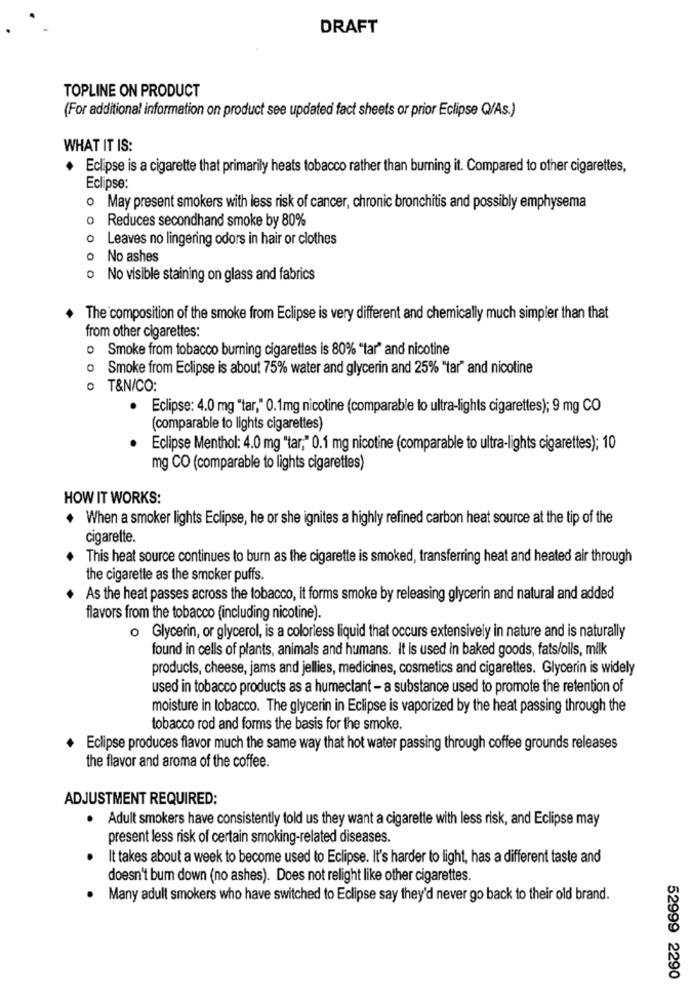
DRAFT
TOPLINE ON PRODUCT
(For additional information on product see updated fact sheets or prior Eclipse Q/As.)
WHAT IT IS:
Eclipse is a cigarette that primarily heats tobacco rather than burning it. Compared to other cigarettes,
Eclipse:
· May present smokers with less risk of cancer, chronic bronchitis and possibly emphysema
o Reduces secondhand smoke by 80%
o Leaves no lingering odors in hair or clothes
O
No ashes
o No visible staining on glass and fabrics
The composition of the smoke from Eclipse is very different and chemically much simpler than that
from other cigarettes:
· Smoke from tobacco burning cigarettes is 80% "tar" and nicotine
0
Smoke from Eclipse is about 75% water and glycerin and 25% "tar" and nicotine
· T&N/CO:
· Eclipse: 4.0 mg "tar," 0.1mg nicotine (comparable to ultra-lights cigarettes); 9 mg CO
(comparable to lights cigarettes)
Eclipse Menthol: 4.0 mg "tar," 0.1 mg nicotine (comparable to ultra-lights cigarettes); 10
mg CO (comparable to lights cigarettes)
HOW IT WORKS:
When a smoker lights Eclipse, he or she ignites a highly refined carbon heat source at the tip of the
cigarette.
This heat source continues to burn as the cigarette is smoked, transferring heat and heated air through
the cigarette as the smoker puffs.
As the heat passes across the tobacco, it forms smoke by releasing glycerin and natural and added
flavors from the tobacco (including nicotine).
o Glycerin, or glycerol, is a colorless liquid that occurs extensively in nature and is naturally
found in cells of plants, animals and humans. It is used in baked goods, fats/oils, milk
products, cheese, jams and jellies, medicines, cosmetics and cigarettes. Glycerin is widely
used in tobacco products as a humectant - a substance used to promote the retention of
moisture in tobacco. The glycerin in Eclipse is vaporized by the heat passing through the
tobacco rod and forms the basis for the smoke.
Eclipse produces flavor much the same way that hot water passing through coffee grounds releases
the flavor and aroma of the coffee.
ADJUSTMENT REQUIRED:
. Adult smokers have consistently told us they want a cigarette with less risk, and Eclipse may
present less risk of certain smoking-related diseases.
It takes about a week to become used to Eclipse. It's harder to light, has a different taste and
doesn't bum down (no ashes). Does not relight like other cigarettes.
Many adull smokers who have switched to Eclipse say they'd never go back to their old brand.
52999 2290